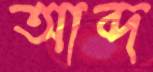
আব্দ